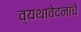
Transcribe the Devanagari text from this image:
व्यथावेदनांचे